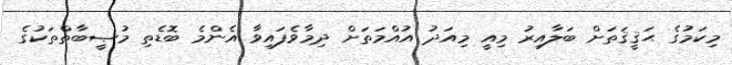
މިކަމުގެ ޙަޤީޤަތަށް ބަލާއިރު މިއީ މިއަދު އުއްމަތަށް ދިމާވެފައިވާ އެންމެ ބޮޑެތި މުޞީބާތްތަކުގެ